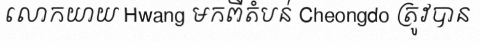
លោកយាយ Hwang មកពីតំបន់ Cheongdo ត្រូវបាន